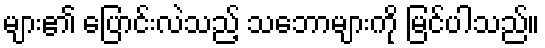
များ၏ ပြောင်းလဲသည့် သဘောများကို မြင်ပါသည်။